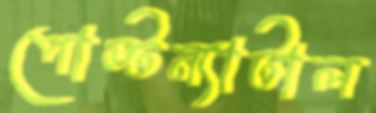
পোস্টন্যাটাল